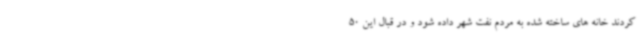
کردند خانه های ساخته شده به مردم نفت شهر داده شود و در قبال این 50